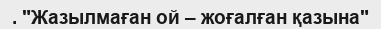
. "Жазылмаған ой – жоғалған қазына"